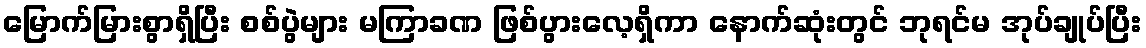
မြောက်မြားစွာရှိပြီး စစ်ပွဲများ မကြာခဏ ဖြစ်ပွားလေ့ရှိကာ နောက်ဆုံးတွင် ဘုရင်မ အုပ်ချုပ်ပြီး